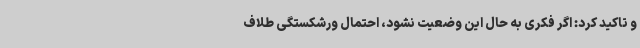
و تاکید کرد: اگر فکری به حال این وضعیت نشود، احتمال ورشکستگی طلاف